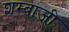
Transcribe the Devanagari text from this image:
शम्बाजी